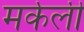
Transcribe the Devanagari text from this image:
मर्कली